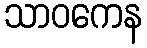
သာဝကေန